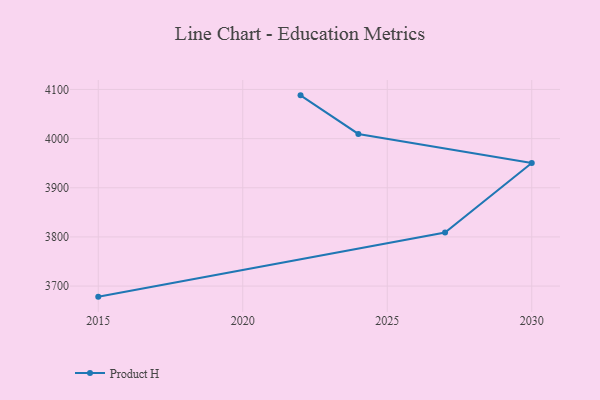
{"axis": {"x": "Year", "y": "Operating Costs (USD K)"}, "legend": ["Product H"], "data": [{"x": "2022", "y": 4088.0, "type": "Product H"}, {"x": "2024", "y": 4009.5, "type": "Product H"}, {"x": "2030", "y": 3950.4, "type": "Product H"}, {"x": "2027", "y": 3808.9, "type": "Product H"}, {"x": "2015", "y": 3678.5, "type": "Product H"}]}